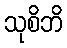
သုစိဘိ